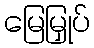
မြေမြှုပ်